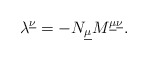
\begin{align*}\lambda^{\underline{\nu}} = - N_{\underline{\mu}}M^{\underline{\mu}\underline{\nu}}.\end{align*}